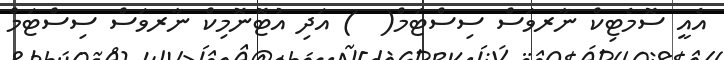
އެއީ ސޮމެޓިކް ނާރވަސް ސިސްޓަމް(  ) އަދި އުޓޮނޮމިކް ނާރވަސް ސިސްޓަމް